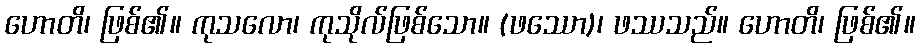
ဟောတိ၊ ဖြစ်၏။ ကုသလော၊ ကုသိုလ်ဖြစ်သော။ (ဖဿော)၊ ဖဿသည်။ ဟောတိ၊ ဖြစ်၏။